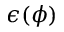
\epsilon ( \phi )